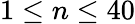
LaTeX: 1\leq n\leq 40